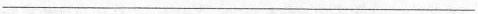
___